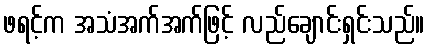
ဖရင့်က အသံအက်အက်ဖြင့် လည်ချောင်းရှင်းသည်။